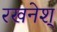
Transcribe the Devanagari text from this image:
रखनेश्